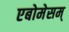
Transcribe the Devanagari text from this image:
एबोमेसम्